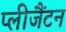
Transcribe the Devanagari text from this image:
प्लीजैंटन